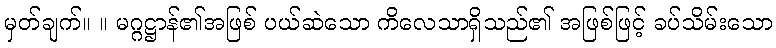
မှတ်ချက်။ ။ မဂ္ဂဋ္ဌာန်၏အဖြစ် ပယ်ဆဲသော ကိလေသာရှိသည်၏ အဖြစ်ဖြင့် ခပ်သိမ်းသော